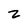
Character: z